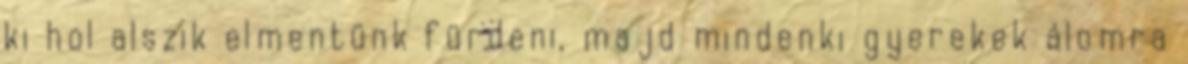
ki hol alszik elmentünk fürdeni, majd mindenki gyerekek álomra